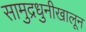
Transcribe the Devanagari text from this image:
सामुद्रधुनीखालून